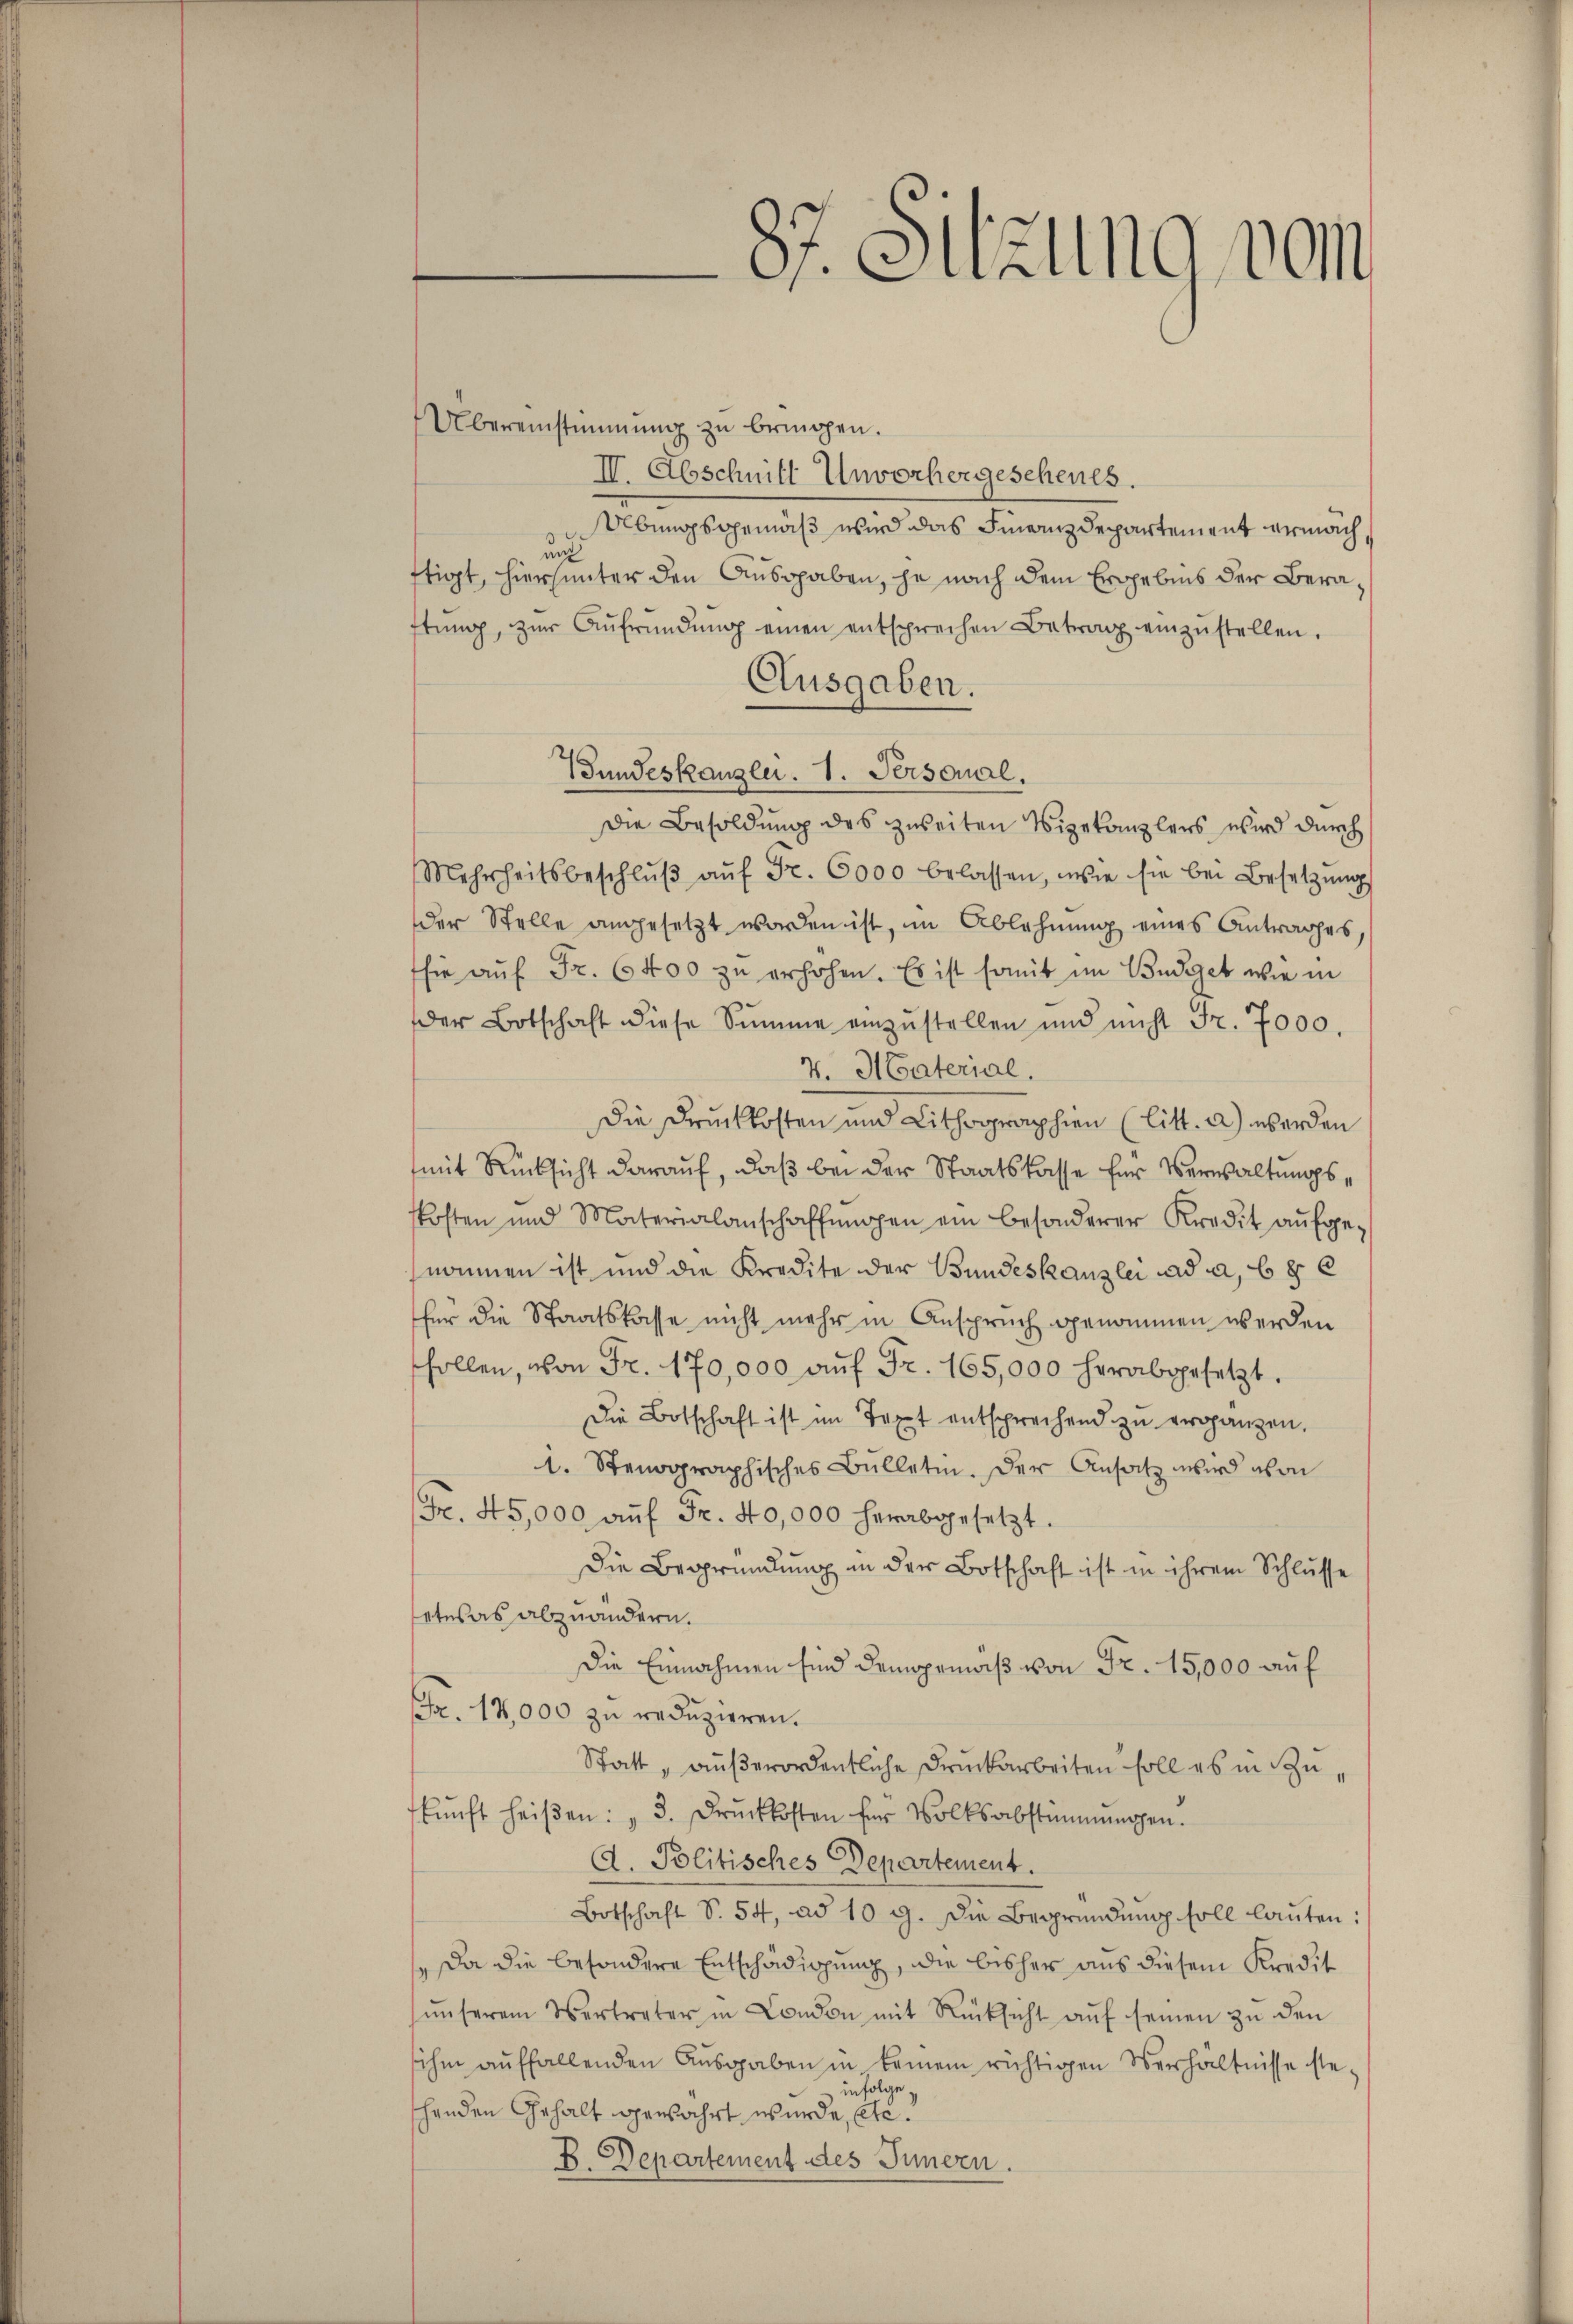
87. Sitzung von

Übereinstimmung zu bringen.
II. Abschnitt Unvorhergeschenes.
Olbungsgemäß wird das Finanzdepartement ermach,
und
ftigt, hierhunter den Ausgaben, je nach dem Ergebnis der Beraftŭng, zŭr Aŭfründŭng einen entsprechen Betrag einzŭstellen.
Ausgaben.
Gundeskanzlei. 1. Personal.
Die Besoldung des zweiten Vizekanzlers wird durch
Mehrheitsbeschlŭβ aŭf Fr. 6000 belassen, wie sie bei Besetzŭng
der Stelle angesetzt worden ist, im Ablehnung eines Antrages
sie aŭf Fr. 6400 zŭ erhöhen. Es ist somit im Budget wie in
der Botschaft diese Summe einzŭstellen und nicht Fr. 7000.
7. Material.
Die Druckkosten und Lithographien (litt. a) werden
mit Rücksicht darauf, daß bei der Staatskasse für Verwaltungsskosten und Materialanschaffŭngen ein besonderer Kredit aŭfge-
nommen ist und die Kredite der Bundeskanzlei ad a, b 8
für die Staatskasse nicht mehr in Anspruch genommen werden
hollen, von Fr. 170,000 aŭf Fr. 165,000 herabgesetzt.
Die Botschaft ist im Text entsprechend zŭ ergänzen.
1. Stenographisches Bülletin. Der Ansatz wird von
Fr. 45,000 aŭf Fr. 40,000 herabgesetzt.
Die Begründung in der Botschaft ist in ihrem Schlusse
etwas abzuändern.
Die Einnahmen sind demgemäß von Fr. 15,000 auf
Br. 14,000 zu reduzieren.
Statt „außerordentliche Druckarbeiten soll es in Zukŭnft heiβen: 3. Drŭckkosten für Volksabstimmungen.
A. Politisches Departement.
Botschaft S. 54, ad 109. Die Begründŭng soll laŭten:
 Da die besondere Entschädigung, die bisher aus diesem Kredit
ŭnserem Vertreter in Condon mit Rücksicht aŭf seinen zŭ den
sihm auffallenden Ausgaben in keinem richtigen Verhältnisse ste
in Folge
schenden Gehalt gewährt wurde, etc.
B. Departement des Innern.